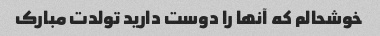
خوشحالم که آنها را دوست دارید تولدت مبارک